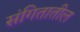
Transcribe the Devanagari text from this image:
संगितातील